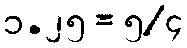
၁.၂၅ = ၅/၄